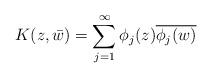
LaTeX: \begin{align*}K(z,\bar w)=\sum_{j=1}^{\infty}\phi_j(z)\overline{\phi_j(w)}\end{align*}